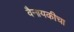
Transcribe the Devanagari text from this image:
वैनायकीचा